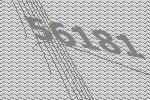
56181